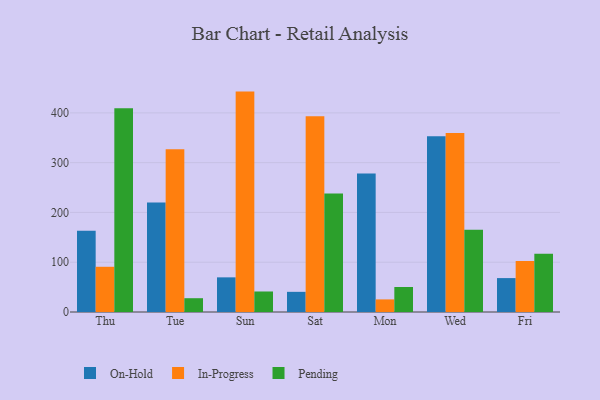
{"axis": {"x": "Day", "y": "Temperature (°C)"}, "legend": ["In-Progress", "On-Hold", "Pending"], "data": [{"x": "Thu", "y": 163.1, "type": "On-Hold"}, {"x": "Thu", "y": 90.8, "type": "In-Progress"}, {"x": "Thu", "y": 409.1, "type": "Pending"}, {"x": "Tue", "y": 219.8, "type": "On-Hold"}, {"x": "Tue", "y": 326.8, "type": "In-Progress"}, {"x": "Tue", "y": 27.7, "type": "Pending"}, {"x": "Sun", "y": 69.6, "type": "On-Hold"}, {"x": "Sun", "y": 442.7, "type": "In-Progress"}, {"x": "Sun", "y": 41.2, "type": "Pending"}, {"x": "Sat", "y": 40.5, "type": "On-Hold"}, {"x": "Sat", "y": 393.2, "type": "In-Progress"}, {"x": "Sat", "y": 238.0, "type": "Pending"}, {"x": "Mon", "y": 278.1, "type": "On-Hold"}, {"x": "Mon", "y": 25.3, "type": "In-Progress"}, {"x": "Mon", "y": 50.2, "type": "Pending"}, {"x": "Wed", "y": 353.1, "type": "On-Hold"}, {"x": "Wed", "y": 359.4, "type": "In-Progress"}, {"x": "Wed", "y": 165.1, "type": "Pending"}, {"x": "Fri", "y": 68.1, "type": "On-Hold"}, {"x": "Fri", "y": 102.6, "type": "In-Progress"}, {"x": "Fri", "y": 117.0, "type": "Pending"}]}